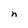
Character: n